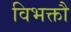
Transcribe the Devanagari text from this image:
विभक्तौ